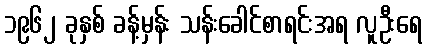
၁၉၆၂ ခုနှစ် ခန့်မှန်း သန်းခေါင်စာရင်းအရ လူဦးရေ